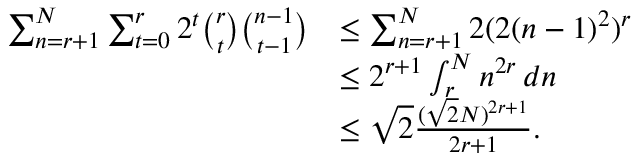
\begin{array} { r l } { \sum _ { n = r + 1 } ^ { N } \sum _ { t = 0 } ^ { r } 2 ^ { t } \binom { r } { t } \binom { n - 1 } { t - 1 } } & { \leq \sum _ { n = r + 1 } ^ { N } 2 ( 2 ( n - 1 ) ^ { 2 } ) ^ { r } } \\ & { \leq 2 ^ { r + 1 } \int _ { r } ^ { N } n ^ { 2 r } \, d n } \\ & { \leq \sqrt { 2 } \frac { ( \sqrt { 2 } N ) ^ { 2 r + 1 } } { 2 r + 1 } . } \end{array}